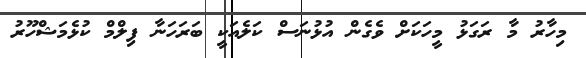
މިހާރު މާ ރަގަޅު މީހަކަށް ވެގެން އުޅުނަސް ކަލެއަކީ ބަރަހަނާ ފިލްމް ކުޅެމަޝްހޫރު